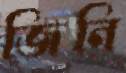
জিনি